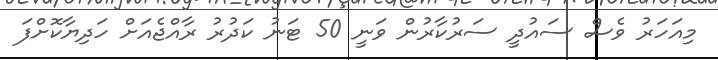
މިއަހަރު ވެސް ސައުދީ ސަރުކާރުން ވަނީ 50 ޓަނު ކަދުރު ރާއްޖެއަށް ހަދިޔާކޮށްފަ